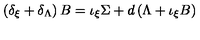
\left( \delta _ { \xi } + \delta _ { \Lambda } \right) B = \iota _ { \xi } \Sigma + d \left( \Lambda + \iota _ { \xi } B \right)